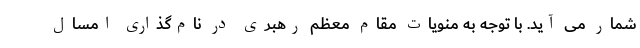
شمار می آید. با توجه به منویات مقام معظم رهبری در نام‌گذاری امسال